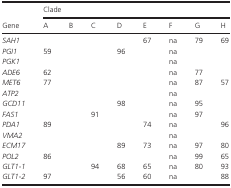
|  | Clade |  |  |  |  |  |  |  |
 | Gene | A | B | C | D | E | F | G | H |
 | --- | --- | --- | --- | --- | --- | --- | --- | --- |
 | SAH1 |  |  |  |  | 67 | na | 79 | 69 |
 | PGI1 | 59 |  |  | 96 |  | na |  |  |
 | PGK1 |  |  |  |  |  | na |  |  |
 | ADE6 | 62 |  |  |  |  | na | 77 |  |
 | MET6 | 77 |  |  |  |  | na | 87 | 57 |
 | ATP2 |  |  |  |  |  | na |  |  |
 | GCD11 |  |  |  | 98 |  | na | 95 |  |
 | FAS1 |  |  | 91 |  |  | na | 97 |  |
 | PDA1 | 89 |  |  |  | 74 | na |  | 96 |
 | VMA2 |  |  |  |  |  | na |  |  |
 | ECM17 |  |  |  | 89 | 73 | na | 97 | 80 |
 | POL2 | 86 |  |  |  |  | na | 99 | 65 |
 | GLT1-1 |  |  | 94 | 68 | 65 | na | 80 | 93 |
 | GLT1-2 | 97 |  |  | 56 | 60 | na |  | 88 |